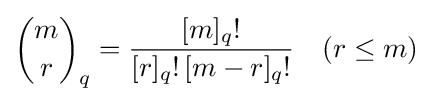
{m \choose r}_{q}={\frac {[m]_{q}!}{[r]_{q}!\,[m-r]_{q}!}}\quad (r\leq m)